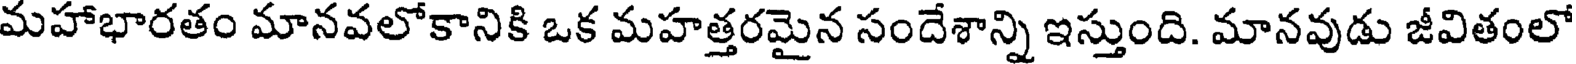
మహాభారతం మానవలోకానికి ఒక మహత్తరమైన సందేశాన్ని ఇస్తుంది. మానవుడు జీవితంలో